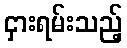
ငှားရမ်းသည့်